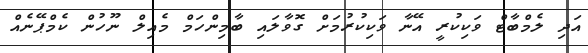
އަދި ލެމްބާޓް ވަކިކުރީ އޭނާ ވަކިކުރުމަށް ގޮވާލައި ބާމިންހަމް މެއިލް ނޫހުން ކެމްޕޭނެއް